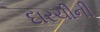
દારચીની